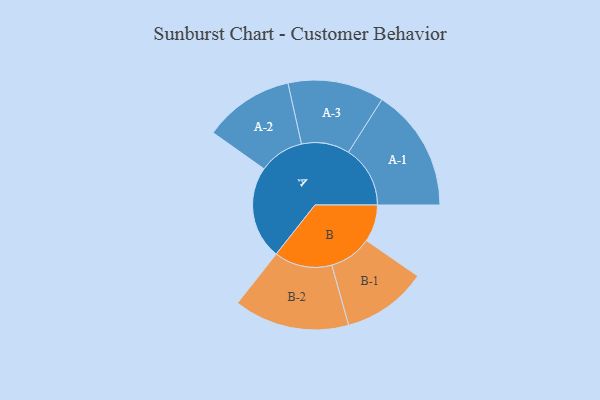
{"axis": {"x": "Segment", "y": "Value"}, "legend": ["", "A", "B"], "data": [{"x": "A", "y": 432, "type": ""}, {"x": "B", "y": 172, "type": ""}, {"x": "A-1", "y": 286, "type": "A"}, {"x": "A-2", "y": 209, "type": "A"}, {"x": "A-3", "y": 223, "type": "A"}, {"x": "B-1", "y": 197, "type": "B"}, {"x": "B-2", "y": 268, "type": "B"}]}